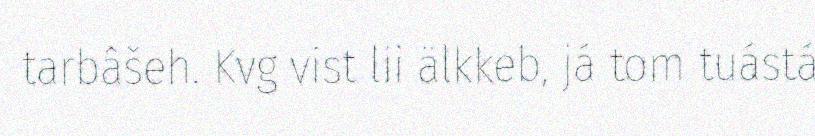
tarbâšeh. Kvg vist lii älkkeb, já tom tuástá